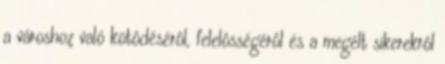
a városhoz való kötôdésérôl, felelôsségérôl és a megélt sikerekrôl